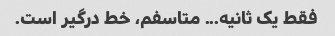
فقط یک ثانیه... متاسفم، خط درگیر است.